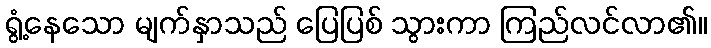
ရွံ့နေသော မျက်နှာသည် ပြေပြစ် သွားကာ ကြည်လင်လာ၏။